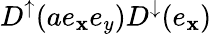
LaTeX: D^{\uparrow}(ae_{\mathbf{x}}e_{y})D^{\downarrow}(e_{\mathbf{x}})